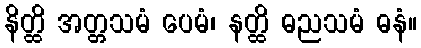
နိတ္ထိ အတ္တသမံ ပေမံ၊ နတ္ထိ ဓညသမံ ဓနံ။